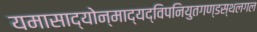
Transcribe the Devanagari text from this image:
यमासाद्योन्माद्यद्विपनियुतगण्डस्थलगल